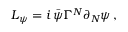
{ \cal L } _ { \psi } = i \, \bar { \psi } \Gamma ^ { N } \partial _ { N } \psi \, ,